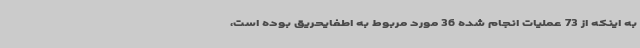
به اینکه از 73 عملیات انجام شده 36 مورد مربوط به اطفایحریق بوده است،